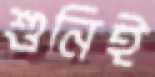
শুনিই